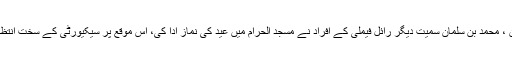
سعودی فرمانروا شاہ سلمان ، محمد بن سلمان سمیت دیگر رائل فیملی کے افراد نے مسجد الحرام میں عید کی نماز ادا کی، اس موقع پر سیکیورٹی کے سخت انتظامات بھی کیے گئے تھے۔